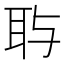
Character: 𱻷